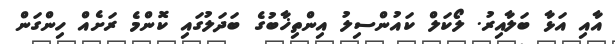
އާއި އަޅާ ބަލާއިރު. ލޯކަލް ކައުންސިލު އިންތިޚާބުގެ ބަދަލުގައި ކޮންމެ ރަށެއް ހިންގަން